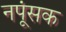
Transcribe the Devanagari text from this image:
नपूंसक